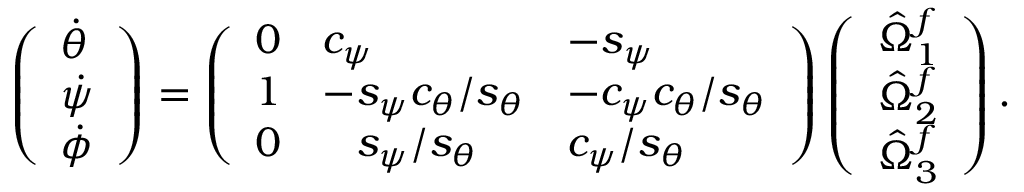
\left( \begin{array} { l } { \dot { \theta } } \\ { \dot { \psi } } \\ { \dot { \phi } } \end{array} \right) = \left( \begin{array} { l l l } { 0 } & { c _ { \psi } } & { - s _ { \psi } } \\ { 1 } & { - s _ { \psi } c _ { \theta } / s _ { \theta } } & { - c _ { \psi } c _ { \theta } / s _ { \theta } } \\ { 0 } & { \hphantom { + } s _ { \psi } / s _ { \theta } } & { c _ { \psi } / s _ { \theta } } \end{array} \right) \left( \begin{array} { l } { \hat { \Omega } _ { 1 } ^ { f } } \\ { \hat { \Omega } _ { 2 } ^ { f } } \\ { \hat { \Omega } _ { 3 } ^ { f } } \end{array} \right) .